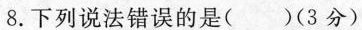
8. 下列说法错误的是( )(3分)